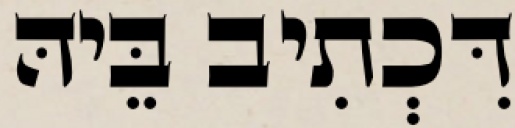
דִּכְתִיב בֵּיהּ